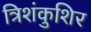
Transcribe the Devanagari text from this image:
त्रिशंकुशिर